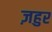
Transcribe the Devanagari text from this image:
ज़हुर